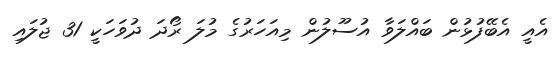
އެއީ އެބޭފުޅުން ބައްލަވާ އުސޫލުން މިއަހަރުގެ މުލަ ރޯދަ ދުވަހަކީ 31 ޖުލައި